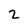
Character: 2